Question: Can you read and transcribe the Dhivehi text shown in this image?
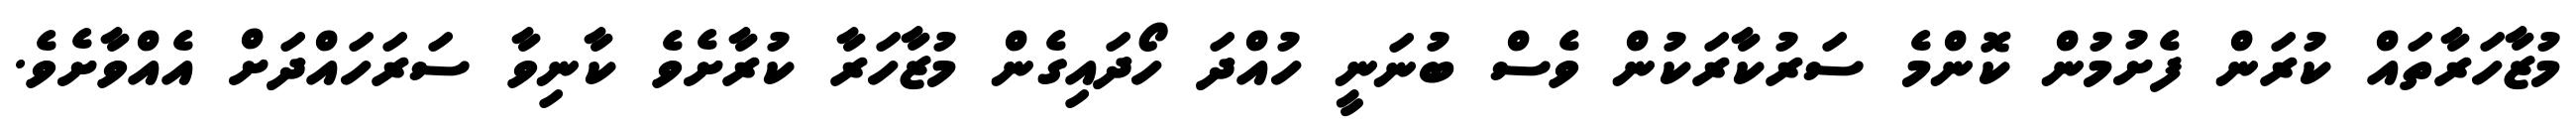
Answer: މުޒާހަރާތައް ކުރަން ފެށުމުން ކޮންމެ ސަރުކާރަކުން ވެސް ބުނަނީ ހުއްދަ ހޯދައިގެން މުޒާހަރާ ކުރާށެވެ ކާނިވާ ސަރަހައްދަށް އެއްވާށެވެ.